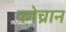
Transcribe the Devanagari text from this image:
कोच्रान